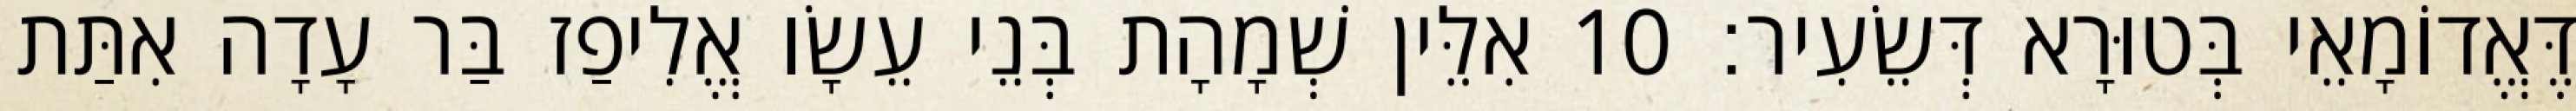
דֶּאֱדוֹמָאֵי בְּטוּרָא דְּשֵׂעִיר׃ 10 אִלֵּין שְׁמָהָת בְּנֵי עֵשָׂו אֱלִיפַז בַּר עָדָה אִתַּת